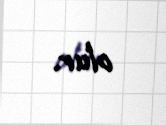
olur.